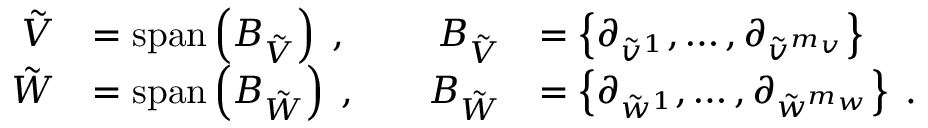
\begin{array} { r l r l } { \tilde { V } } & { = \mathrm { s p a n } \left( B _ { \tilde { V } } \right) \; , \quad } & { B _ { \tilde { V } } } & { = \left\{ \partial _ { \tilde { v } ^ { 1 } } , \ldots , \partial _ { \tilde { v } ^ { m _ { v } } } \right\} } \\ { \tilde { W } } & { = \mathrm { s p a n } \left( B _ { \tilde { W } } \right) \; , \quad } & { B _ { \tilde { W } } } & { = \left\{ \partial _ { \tilde { w } ^ { 1 } } , \ldots , \partial _ { \tilde { w } ^ { m _ { w } } } \right\} \; . } \end{array}